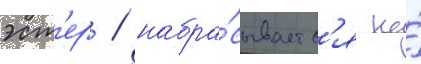
эст'ер / набра́сываетс'я на́